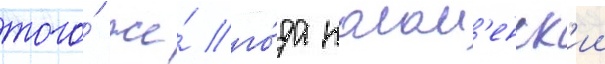
того́ же́ го́да колом'енск'ии